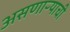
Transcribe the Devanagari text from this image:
असणाऱ्याची